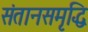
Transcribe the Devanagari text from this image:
संतानसमृद्धि